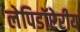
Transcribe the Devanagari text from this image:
लेपिडॉप्टेरीय